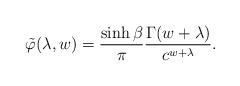
LaTeX: \begin{align*}\tilde{\varphi}(\lambda,w)=\frac{\sinh\beta}{\pi}\frac{\Gamma(w+\lambda)}{c^{w+\lambda}}.\end{align*}